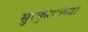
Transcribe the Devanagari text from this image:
सुरकुत्यांच्या